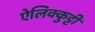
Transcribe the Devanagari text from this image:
ऐलिक्कुट्टी